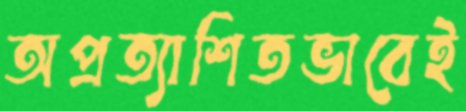
অপ্রত্যাশিতভাবেই